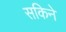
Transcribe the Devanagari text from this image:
सकिने